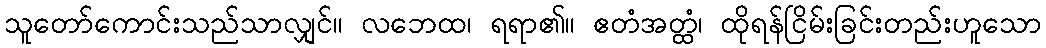
သူတော်ကောင်းသည်သာလျှင်။ လဘေထ၊ ရရာ၏။ ဧတံအတ္ထံ၊ ထိုရန်ငြိမ်းခြင်းတည်းဟူသော